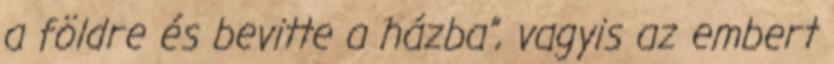
a földre és bevitte a házba”, vagyis az embert